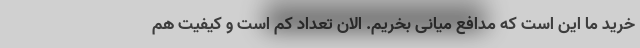
خرید ما این است که مدافع میانی بخریم. الان تعداد کم است و کیفیت هم